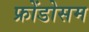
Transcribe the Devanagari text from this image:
फ्रोंडोसम